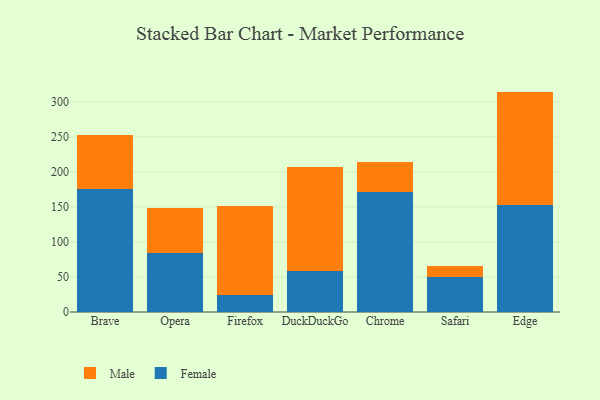
{"axis": {"x": "Browser", "y": "Waste Production (Tons)"}, "legend": ["Female", "Male"], "data": [{"x": "Brave", "y": 175.3, "type": "Female"}, {"x": "Brave", "y": 77.9, "type": "Male"}, {"x": "Opera", "y": 84.2, "type": "Female"}, {"x": "Opera", "y": 64.4, "type": "Male"}, {"x": "Firefox", "y": 24.2, "type": "Female"}, {"x": "Firefox", "y": 127.6, "type": "Male"}, {"x": "DuckDuckGo", "y": 58.2, "type": "Female"}, {"x": "DuckDuckGo", "y": 149.4, "type": "Male"}, {"x": "Chrome", "y": 171.6, "type": "Female"}, {"x": "Chrome", "y": 42.4, "type": "Male"}, {"x": "Safari", "y": 49.6, "type": "Female"}, {"x": "Safari", "y": 15.9, "type": "Male"}, {"x": "Edge", "y": 152.4, "type": "Female"}, {"x": "Edge", "y": 162.4, "type": "Male"}]}